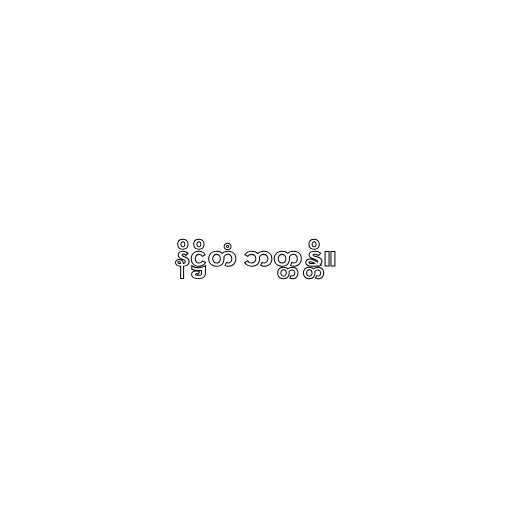
နိဋ္ဌိတံ ဘတ္တန္တိ။